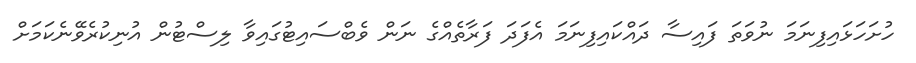
ހުށަހަޅައިފިނަމަ ނުވަތަ ފައިސާ ދައްކައިފިނަމަ އެފަދަ ފަރާތެއްގެ ނަން ވެބްސައިޓުގައިވާ ލިސްޓުން އުނިކުރެވޭނެކަމަށް